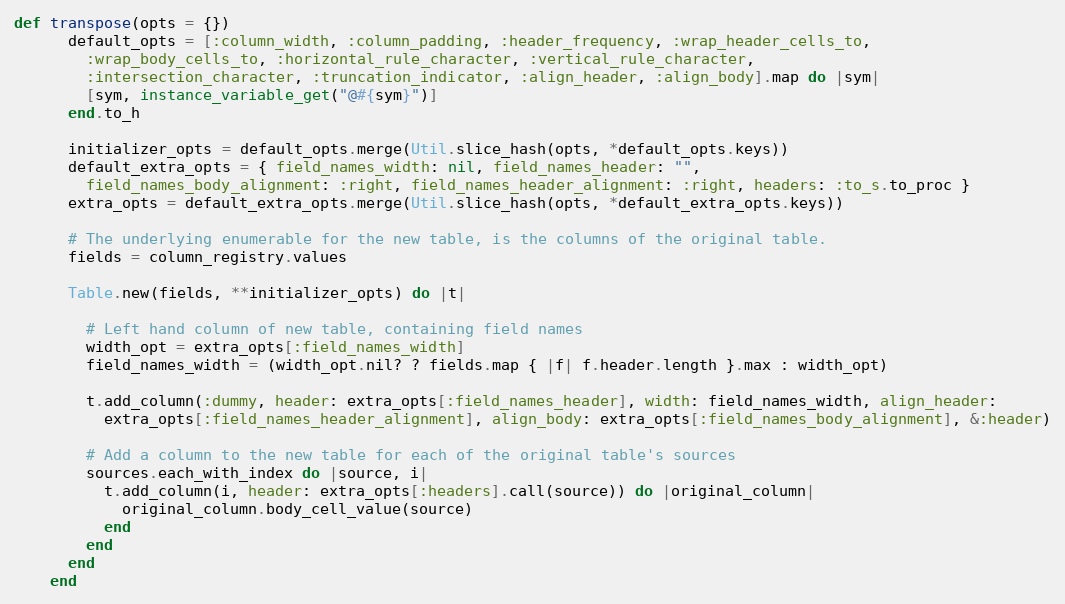
Language: Ruby
def transpose(opts = {})
      default_opts = [:column_width, :column_padding, :header_frequency, :wrap_header_cells_to,
        :wrap_body_cells_to, :horizontal_rule_character, :vertical_rule_character,
        :intersection_character, :truncation_indicator, :align_header, :align_body].map do |sym|
        [sym, instance_variable_get("@#{sym}")]
      end.to_h

      initializer_opts = default_opts.merge(Util.slice_hash(opts, *default_opts.keys))
      default_extra_opts = { field_names_width: nil, field_names_header: "",
        field_names_body_alignment: :right, field_names_header_alignment: :right, headers: :to_s.to_proc }
      extra_opts = default_extra_opts.merge(Util.slice_hash(opts, *default_extra_opts.keys))

      # The underlying enumerable for the new table, is the columns of the original table.
      fields = column_registry.values

      Table.new(fields, **initializer_opts) do |t|

        # Left hand column of new table, containing field names
        width_opt = extra_opts[:field_names_width]
        field_names_width = (width_opt.nil? ? fields.map { |f| f.header.length }.max : width_opt)

        t.add_column(:dummy, header: extra_opts[:field_names_header], width: field_names_width, align_header:
          extra_opts[:field_names_header_alignment], align_body: extra_opts[:field_names_body_alignment], &:header)

        # Add a column to the new table for each of the original table's sources
        sources.each_with_index do |source, i|
          t.add_column(i, header: extra_opts[:headers].call(source)) do |original_column|
            original_column.body_cell_value(source)
          end
        end
      end
    end